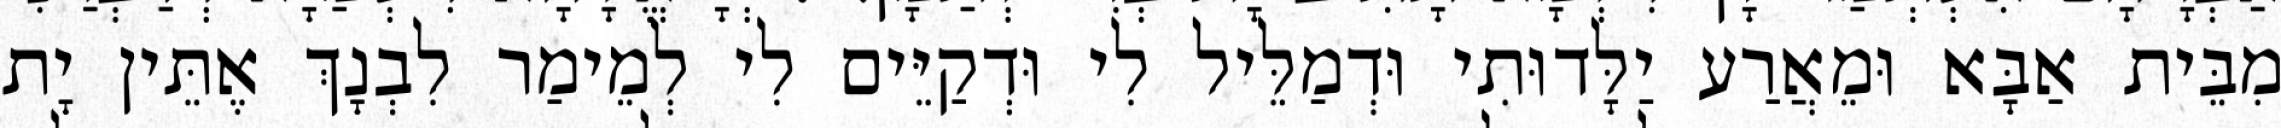
מִבֵּית אַבָּא וּמֵאֲרַע יַלָּדוּתִי וּדְמַלֵּיל לִי וּדְקַיֵּים לִי לְמֵימַר לִבְנָךְ אֶתֵּין יָת